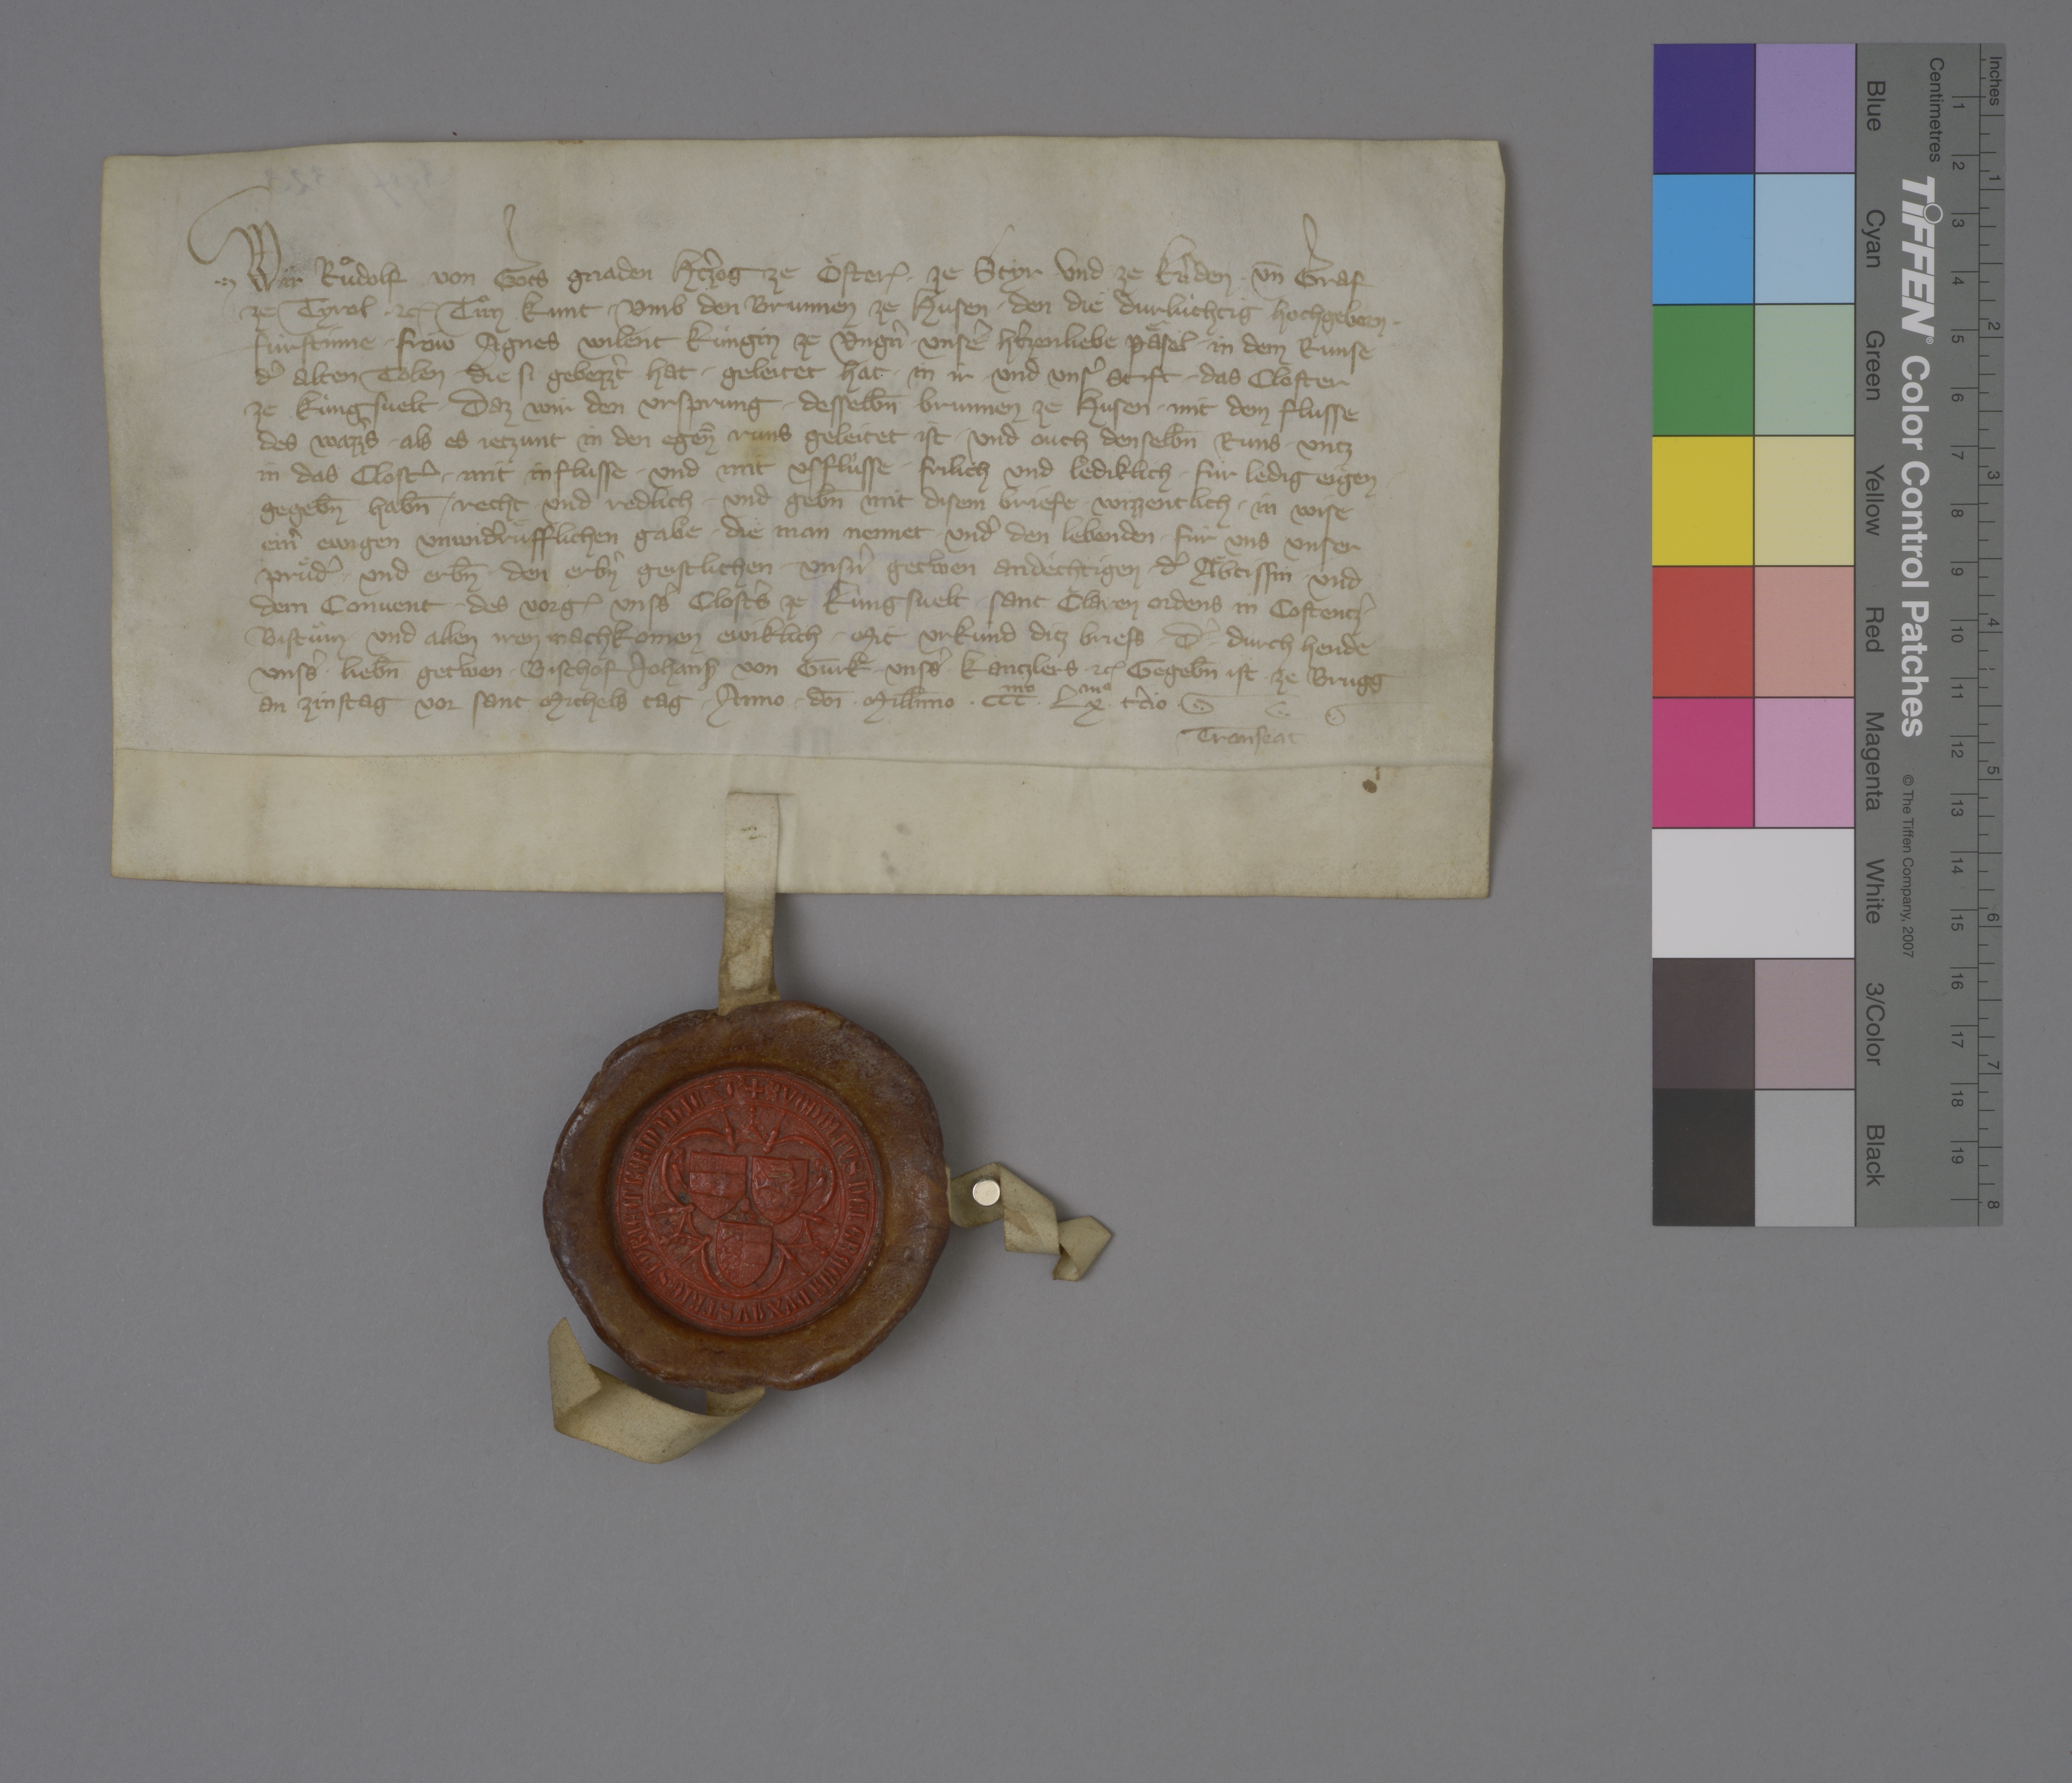
Transcription:
Wir, Ruͦdolf, von gots gnaden htzˀog ze Oͤster₎, ✳ ze Styr und ze Knˀden ✳ un̄ graf
ze Tyrol ✳ ꝫcꝭ, tuͦn kunt ✳ umb den brunnen ze Husen, ✳ den die durlùchtig, hochgeborn ✳
fùrstinne, ✳ fröw Agnes, wilent kùngin ze Ungnˀ, ✳ unseˀ hˀtzenliebe paͤsel, ✳ in dem runse
dˀ alten tolen, ✳ die si gebezzˀt hat, ✳ geleitet hat ✳ in ir ✳ und unsˀ stift, ✳ das closter
ze Kùngsvelt, ✳ daz wir den ursprung ✳ desselb̄n brunnen ze Husen ✳ mit dem flusse
des wazzˀs, ✳ als es jetzunt in den egen̄̄ runs geleitet ist, ✳ und ouch denselb̄n runs ✳ untz
in das clostˀ, ✳ mit influsse und mit usflùsse, ✳ frilich und lediklich ✳ fùr ledig eigen ✳
gegeb̄n hab̄n, ✳ recht und redlich, ✳ und geb̄n mit disem briefe ✳ wizzentlich ✳ in wise
einˀ ewigen, unwidˀruͤfflichen gabe, ✳ die man nennet undˀ den lebenden, ✳ fùr uns, unser
pruͤdˀ ✳ und erb̄n ✳ den erbnˀ, geistlichen, unsnˀ getˀwen, andêchtigen, dˀ aͤbtissin und
dem convent ✳ des vorg₎ unsˀs clostˀs Kùngsvelt, Sant Claren ordens, in Costentzˀ
bistuͦm, ✳ und allen iren nachkomen ewiklich. ✳ mit urkùnd ditz briefs, ✳ dˀ ✳ durch hende
unssˀ lieb̄n, getˀwn ✳ bischof Johans₎ von Gurk, ✳ unssˀ kantzlers ꝫcꝭ, gegeb̄n ist ze Brugg
an zinstag vor sant Michels tag, ✳ anno ✳ dōi ✳ mill̄imo ✳ cccmo ✳ lxmo ✳ tˀtio. ✳
transeat